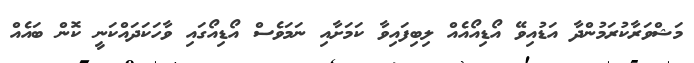
މަޝްވަރާކުރަމުންދާ އަޑުއިވޭ އޯޑިއޯއެއް ލިބިފައިވާ ކަމަށާއި ނަމަވެސް އޯޑިއޯގައި ވާހަކަދައްކަނީ ކޮން ބައެއް